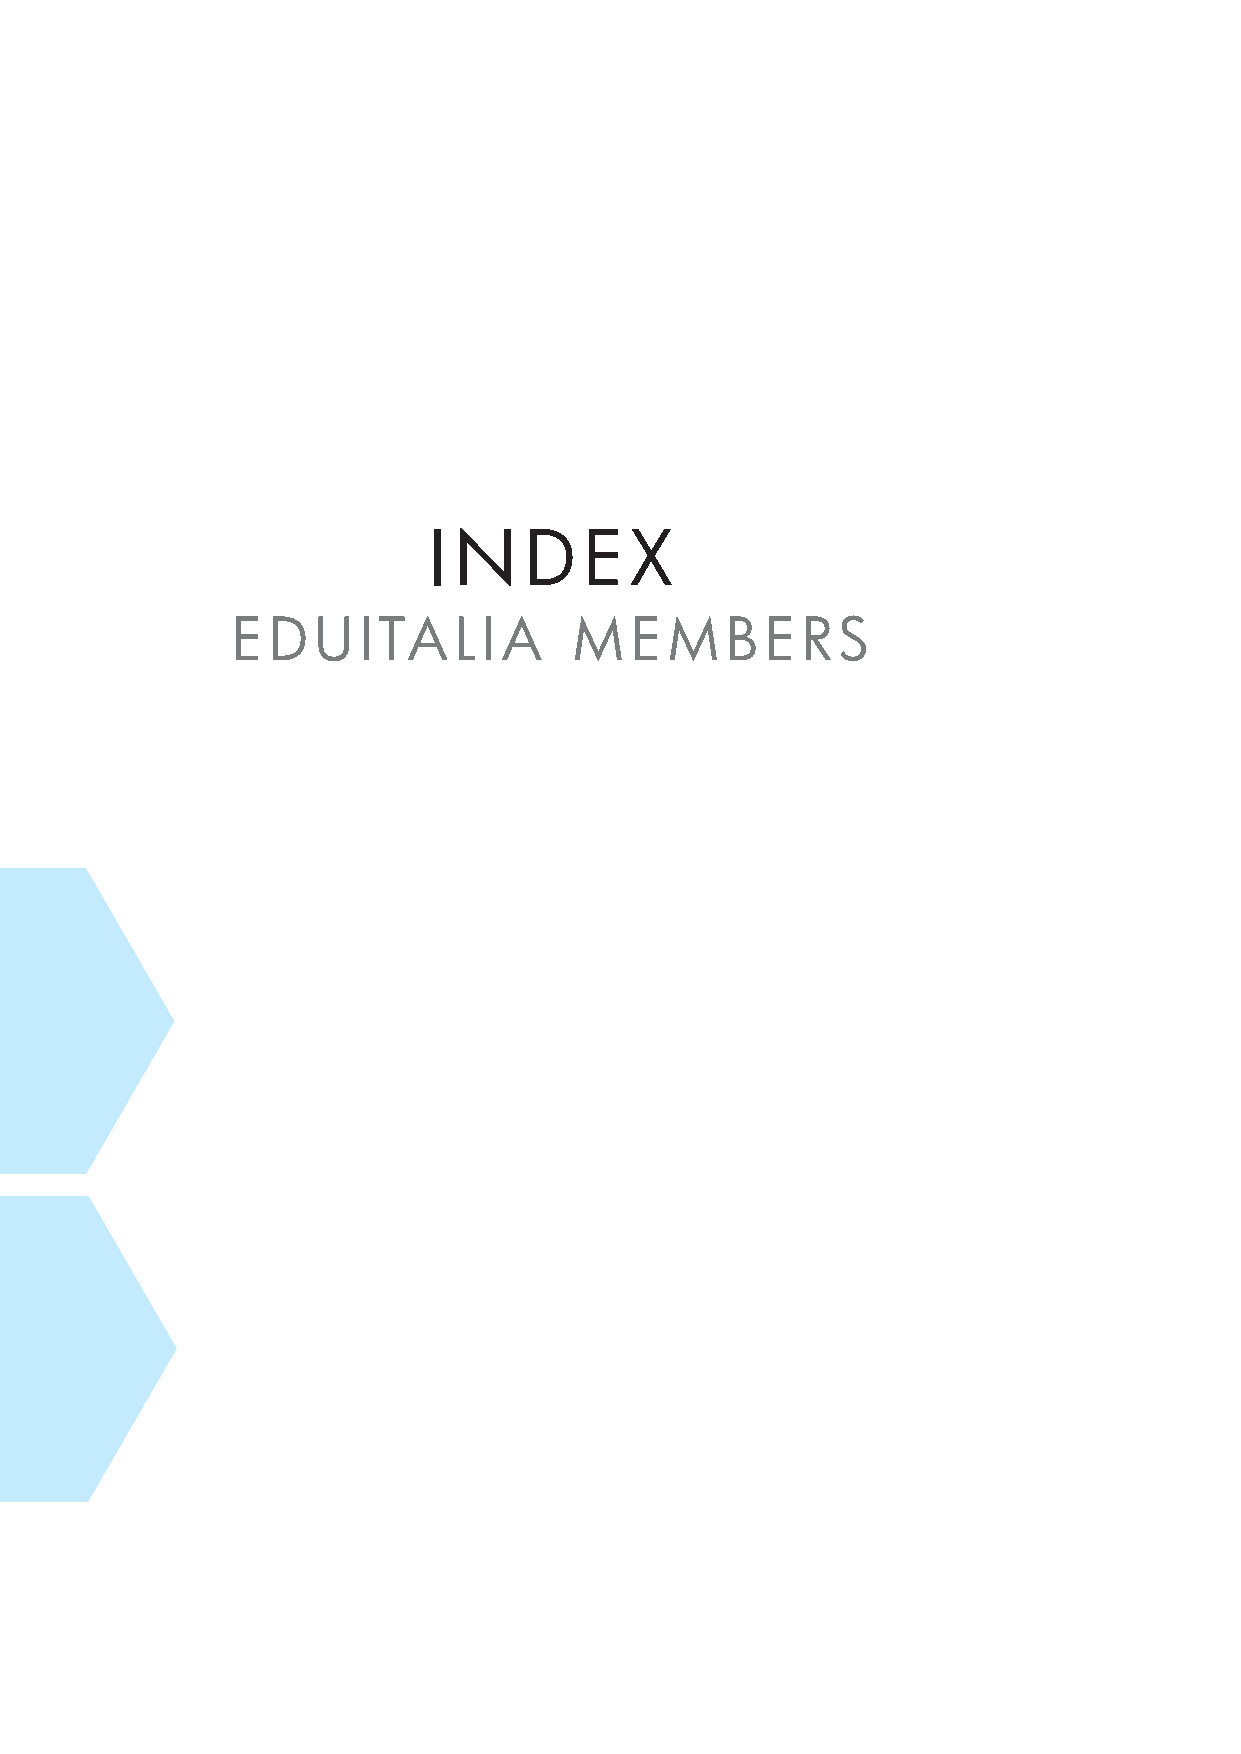
I N    D   E  X
 EDUITALIA              MEMBERS
 91